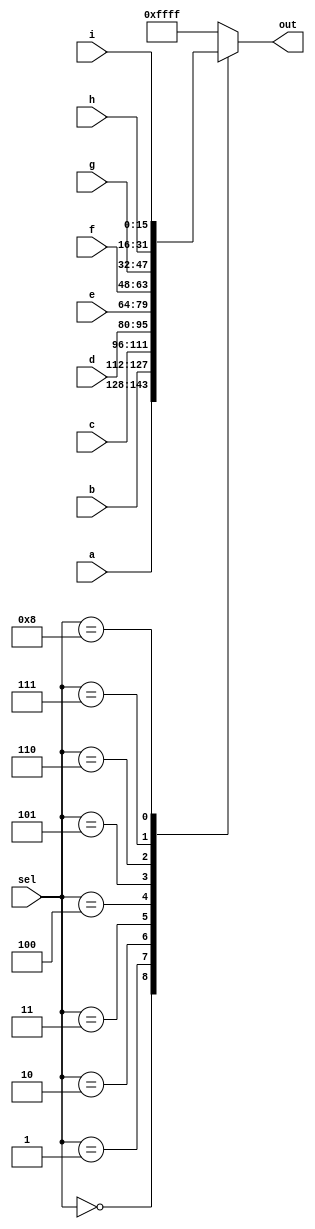
module top_module( 
    input [15:0] a, b, c, d, e, f, g, h, i,
    input [3:0] sel,
    output [15:0] out );
    
    always @ (*) begin
    case(sel)
        4'b0000: out = a;
        4'b0001: out = b;
        4'b0010: out = c;
        4'b0011: out = d;
        4'b0100: out = e;
        4'b0101: out = f;
        4'b0110: out = g;
        4'b0111: out = h;
        4'b1000: out = i;
        default: out = '1;// '1 will set all bits to 1.
        endcase
    end  
    
endmodule